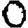
Digit: 0